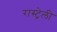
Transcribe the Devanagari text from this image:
रास्ट्रेली